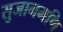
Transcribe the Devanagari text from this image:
सुजानमणि